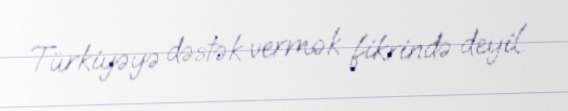
Türkiyəyə dəstək vermək fikrində deyil.